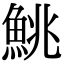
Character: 鮡